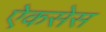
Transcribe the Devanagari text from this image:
ऐकसेस